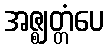
အဇ္ဈတ္တံပေ